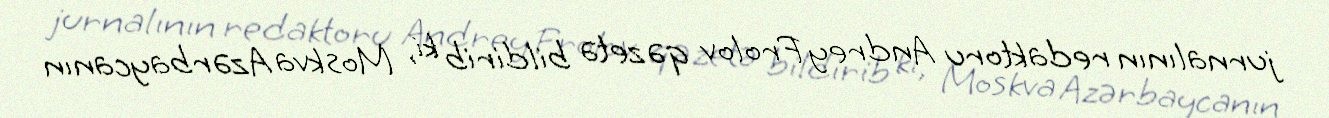
jurnalının redaktoru Andrey Frolov qəzetə bildirib ki, Moskva Azərbaycanın